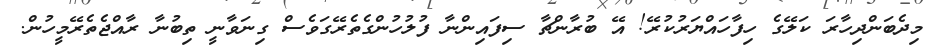
މިދެބަންދިހާރަ ކަލޭގެ ހިފާހައްޔަރުކުރޭ! އޭ ބުރާންޗާ ސިފައިންނާ ފުލުހުންގެތެރޭގަވެސް ގިނަވާނީ ތިބުނާ ރާއްޖެތެރޭމީހުން.